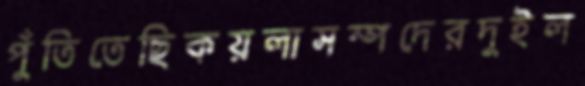
পুঁতিতেছিকয়লাসম্পদেরদুইল